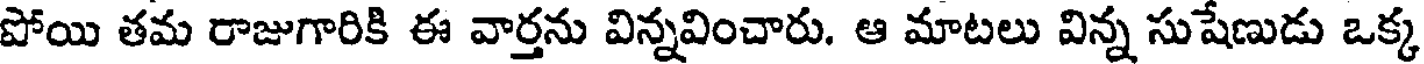
పోయి తమ రాజుగారికి ఈ వార్తను విన్నవించారు. ఆ మాటలు విన్న సుషేణుడు ఒక్క